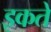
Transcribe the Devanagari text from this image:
इकते